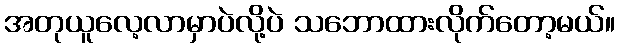
အတုယူလေ့လာမှာပဲလို့ပဲ သဘောထားလိုက်တော့မယ်။